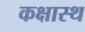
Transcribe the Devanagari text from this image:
कक्षास्थ